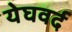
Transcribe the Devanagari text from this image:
येघवर्द